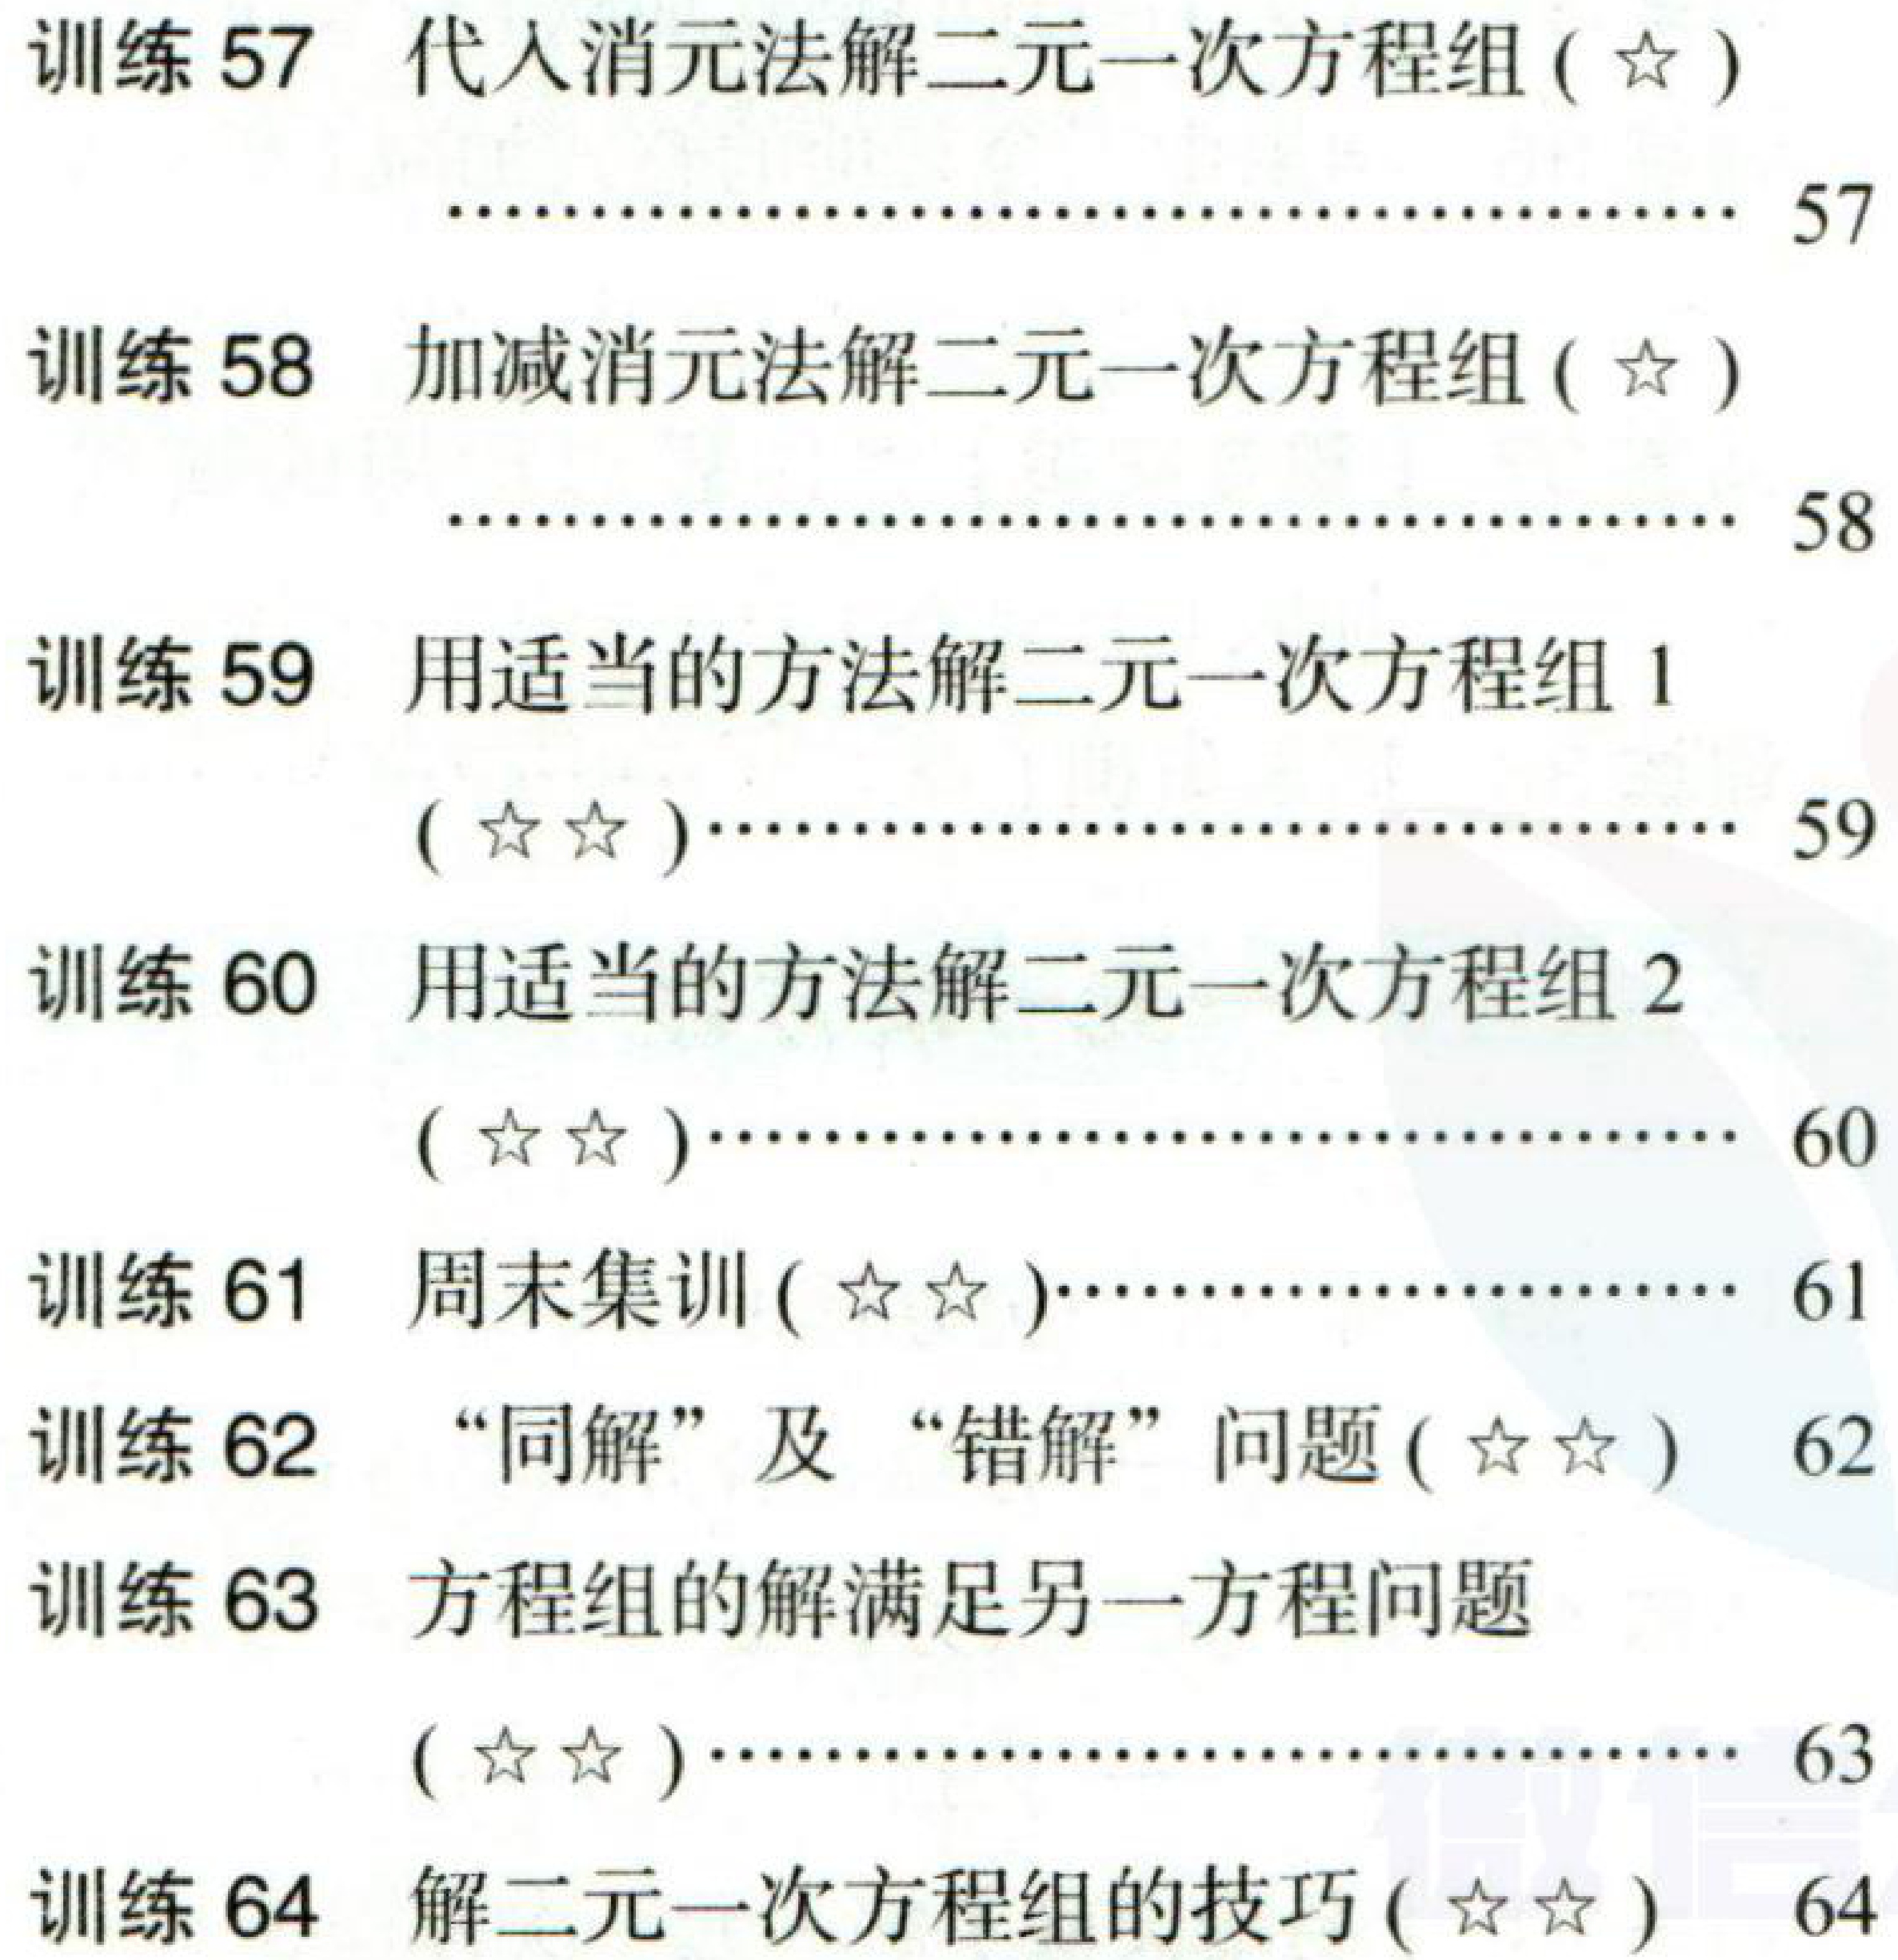
训练 57 代入消元法解二元一次方程组(☆)
·············································· 57
训练 58 加减消元法解二元一次方程组(☆)
·············································· 58
训练 59 用适当的方法解二元一次方程组 1
(☆☆)············································ 59
训练 60 用适当的方法解二元一次方程组 2
(☆☆)············································ 60
训练 61 周末集训(☆☆)·································· 61
训练 62 “同解”及“错解”问题(☆☆) 62
训练 63 方程组的解满足另一方程问题
(☆☆)············································ 63
训练 64 解二元一次方程组的技巧(☆☆) 64